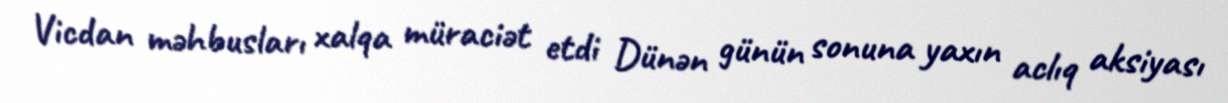
Vicdan məhbusları xalqa müraciət etdi Dünən günün sonuna yaxın aclıq aksiyası